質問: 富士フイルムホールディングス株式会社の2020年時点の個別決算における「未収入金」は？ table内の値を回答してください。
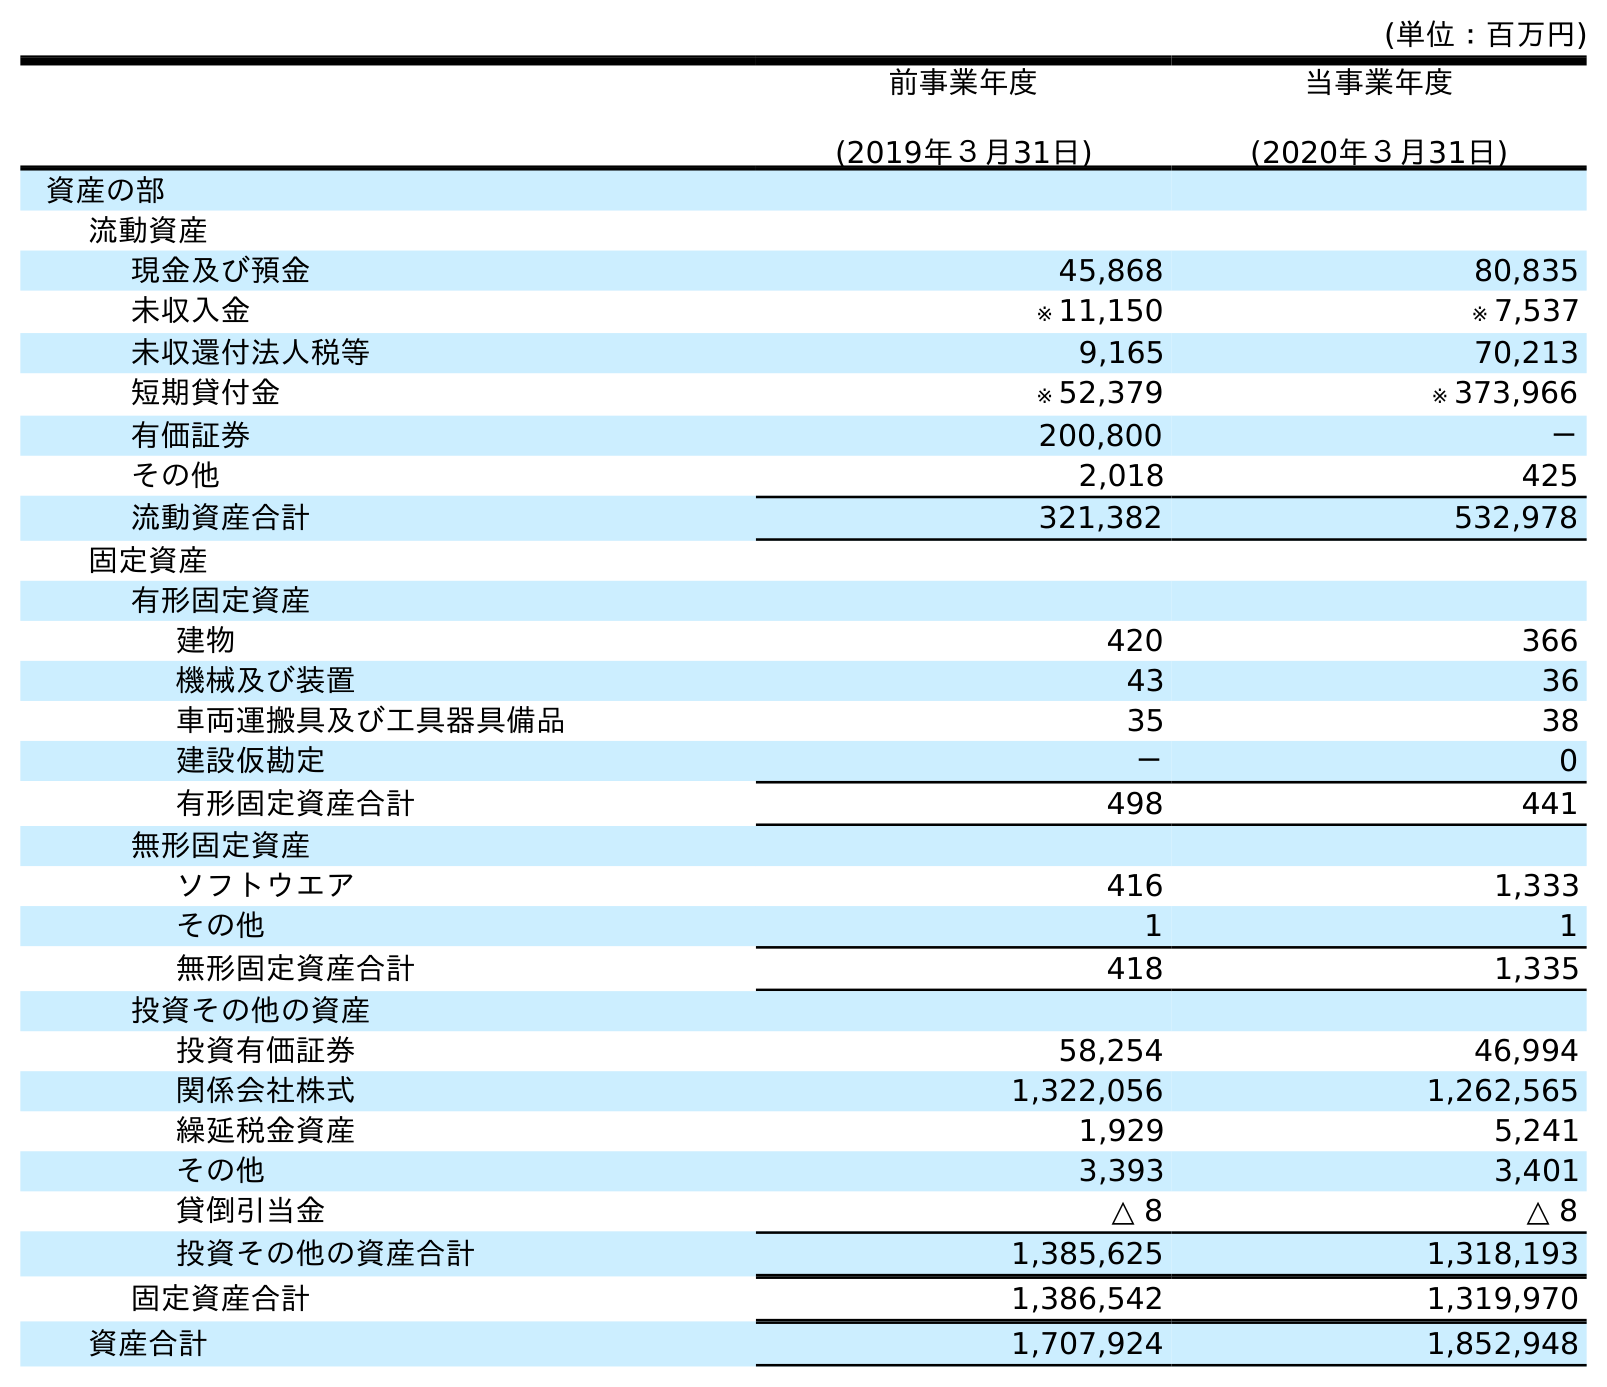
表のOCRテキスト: (単位：百万円) 前事業年度 (2019年３月31日) 当事業年度 (2020年３月31日) 資産の部 流動資産 現金及び預金 45,868 80,835 未収入金 ※ 11,150 ※ 7,537 未収還付法人税等 9,165 70,213 短期貸付金 ※ 52,379 ※ 373,966 有価証券 200,800 － その他 2,018 425 流動資産合計 321,382 532,978 固定資産 有形固定資産 建物 420 366 機械及び装置 43 36 車両運搬具及び工具器具備品 35 38 建設仮勘定 － 0 有形固定資産合計 498 441 無形固定資産 ソフトウエア 416 1,333 その他 1 1 無形固定資産合計 418 1,335 投資その他の資産 投資有価証券 58,254 46,994 関係会社株式 1,322,056 1,262,565 繰延税金資産 1,929 5,241 その他 3,393 3,401 貸倒引当金 △ 8 △ 8 投資その他の資産合計 1,385,625 1,318,193 固定資産合計 1,386,542 1,319,970 資産合計 1,707,924 1,852,948
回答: ※7,537